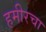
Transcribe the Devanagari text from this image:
हमीरचा